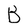
Character: B